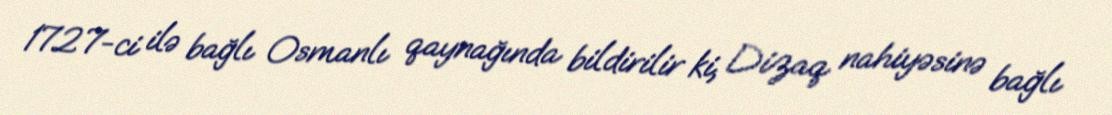
1727-ci ilə bağlı Osmanlı qaynağında bildirilir ki, Dizaq nahiyəsinə bağlı